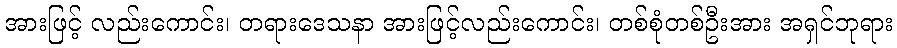
အားဖြင့် လည်းကောင်း၊ တရားဒေသနာ အားဖြင့်လည်းကောင်း၊ တစ်စုံတစ်ဦးအား အရှင်ဘုရား